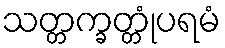
သတ္တက္ခတ္တုံပရမံ